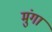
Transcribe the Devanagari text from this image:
मुंगा